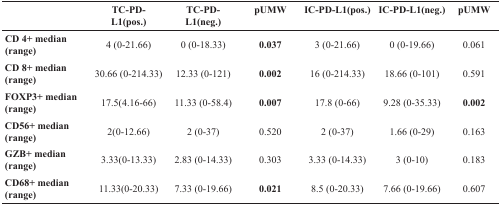
<table><thead><tr><td></td><td><b>TC-PD-L1(pos.)</b></td><td><b>TC-PD-L1(neg.)</b></td><td><b>pUMW</b></td><td><b>IC-PD-L1(pos.)</b></td><td><b>IC-PD-L1(neg.)</b></td><td><b>pUMW</b></td></tr></thead><tbody><tr><td><b>CD 4+</b> median (range)</td><td>4 (0-21.66)</td><td>0 (0-18.33)</td><td><b>0.037</b></td><td>3 (0-21.66)</td><td>0 (0-19.66)</td><td>0.061</td></tr><tr><td><b>CD 8+</b> median (range)</td><td>30.66 (0-214.33)</td><td>12.33 (0-121)</td><td><b>0.002</b></td><td>16 (0-214.33)</td><td>18.66 (0-101)</td><td>0.591</td></tr><tr><td><b>FOXP3</b>+ median (range)</td><td>17.5(4.16-66)</td><td>11.33 (0-58.4)</td><td><b>0.007</b></td><td>17.8 (0-66)</td><td>9.28 (0-35.33)</td><td><b>0.002</b></td></tr><tr><td><b>CD56+</b> median (range)</td><td>2(0-12.66)</td><td>2 (0-37)</td><td>0.520</td><td>2 (0-37)</td><td>1.66 (0-29)</td><td>0.163</td></tr><tr><td><b>GZB+</b> median (range)</td><td>3.33(0-13.33)</td><td>2.83 (0-14.33)</td><td>0.303</td><td>3.33 (0-14.33)</td><td>3 (0-10)</td><td>0.183</td></tr><tr><td><b>CD68+</b> median (range)</td><td>11.33(0-20.33)</td><td>7.33 (0-19.66)</td><td><b>0.021</b></td><td>8.5 (0-20.33)</td><td>7.66 (0-19.66)</td><td>0.607</td></tr></tbody></table>